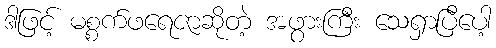
ဒါဖြင့် မစ္စက်ဖရေဇာဆိုတဲ့ အဖွားကြီး သေရှာပြီပေါ့